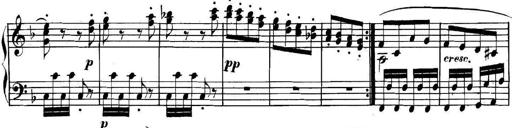
Title: Collected Piano Sonatas
Composer: Muzio Clementi